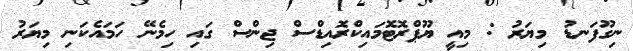
ނިގޫފަނޑު މިޔަރު : މިއީ ޔޫޕްރޮޓޮމައިކްރޮއިޑްސް ޖިންސް ގައި ހިމެނޭ ހަމައެކަނި މިޔަރު